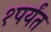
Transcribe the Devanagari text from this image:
१पर्यंत